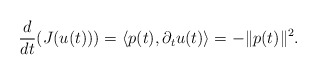
\begin{align*} \frac{d}{dt} (J(u(t))) = \langle p(t), \partial_t u(t) \rangle = - \Vert p(t) \Vert^2. \end{align*}